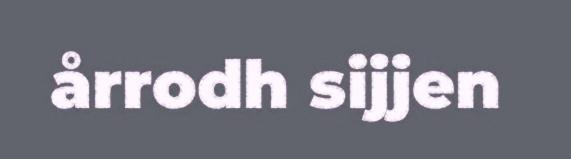
årrodh sijjen